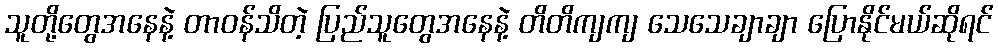
သူတို့တွေအနေနဲ့ တာဝန်သိတဲ့ ပြည်သူတွေအနေနဲ့ တိတိကျကျ သေသေချာချာ ပြောနိုင်မယ်ဆိုရင်